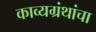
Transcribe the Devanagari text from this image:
काव्यग्रंथांचा